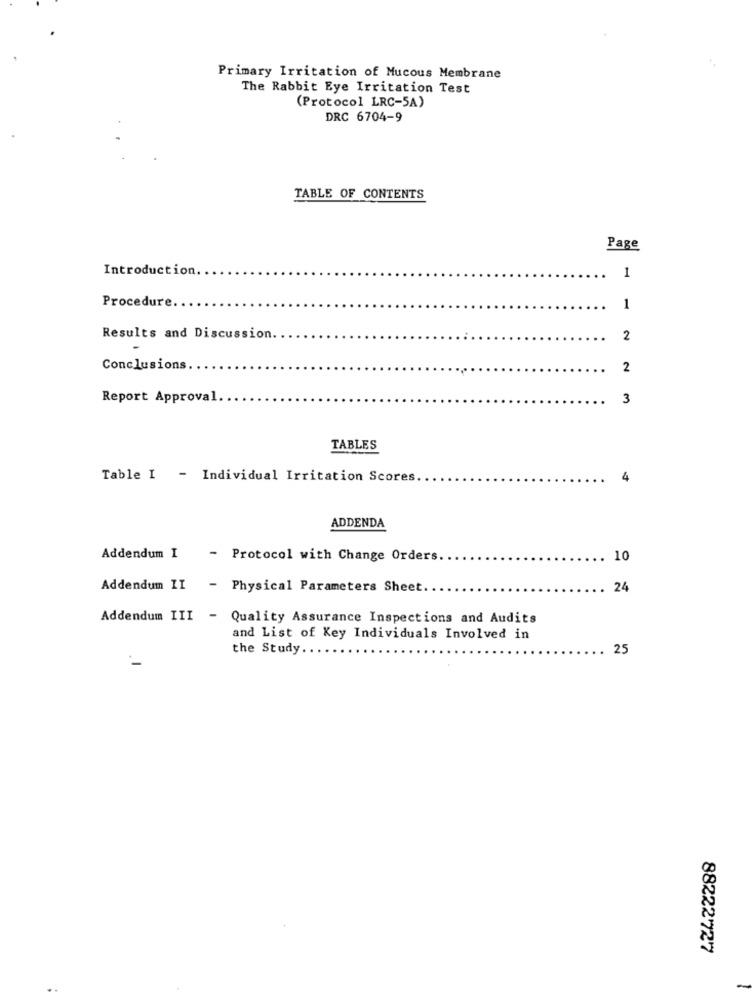
Primary Irritation of Mucous Membrane
The Rabbit Eye Irritation Test
(Protocol LRC-5A)
DRC 6704-9
TABLE OF CONTENTS
Page
Introduction.
1
Procedure.
1
Results and Discussion.
2
Conclusions
2
Report Approval.
3
TABLES
Table I - Individual Irritation Scores.
4
ADDENDA
Addendum I
-
Protocol with Change Orders
10
Addendum II
- Physical Parameters Sheet.
24
Addendum III -
Quality Assurance Inspections and Audits
and List of Key Individuals Involved in
the Study.
25
88222'727
-